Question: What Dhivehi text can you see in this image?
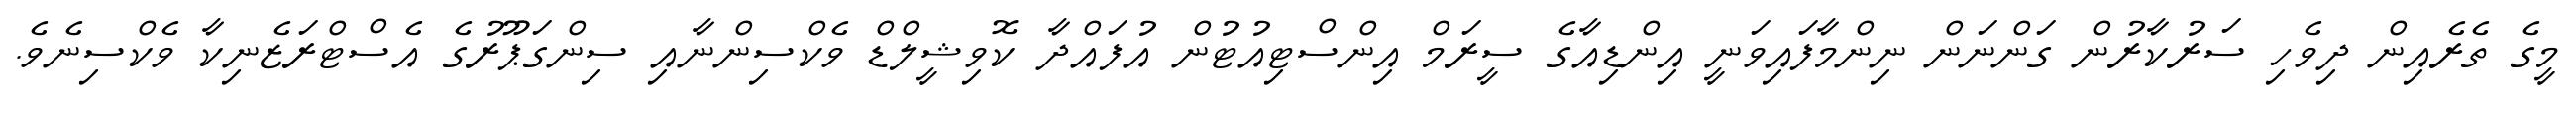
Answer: މީގެ ތެރެއިން ދިވެހި ސަރުކާރުން ގަންނަން ނިންމާފައިވަނީ އިންޑިއާގެ ސީރަމް އިންސްޓިއުޓުން އުފައްދާ ކޮވިޝީލްޑް ވެކްސިންނާއި ސިންގަޕޫރުގެ އެސްޓްރަޒެނިކާ ވެކްސިނެވެ.